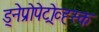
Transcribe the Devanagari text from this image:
ड्नेप्रोपेट्रोव्ह्स्क